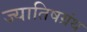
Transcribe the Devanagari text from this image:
ज्यातिषग्रंथ